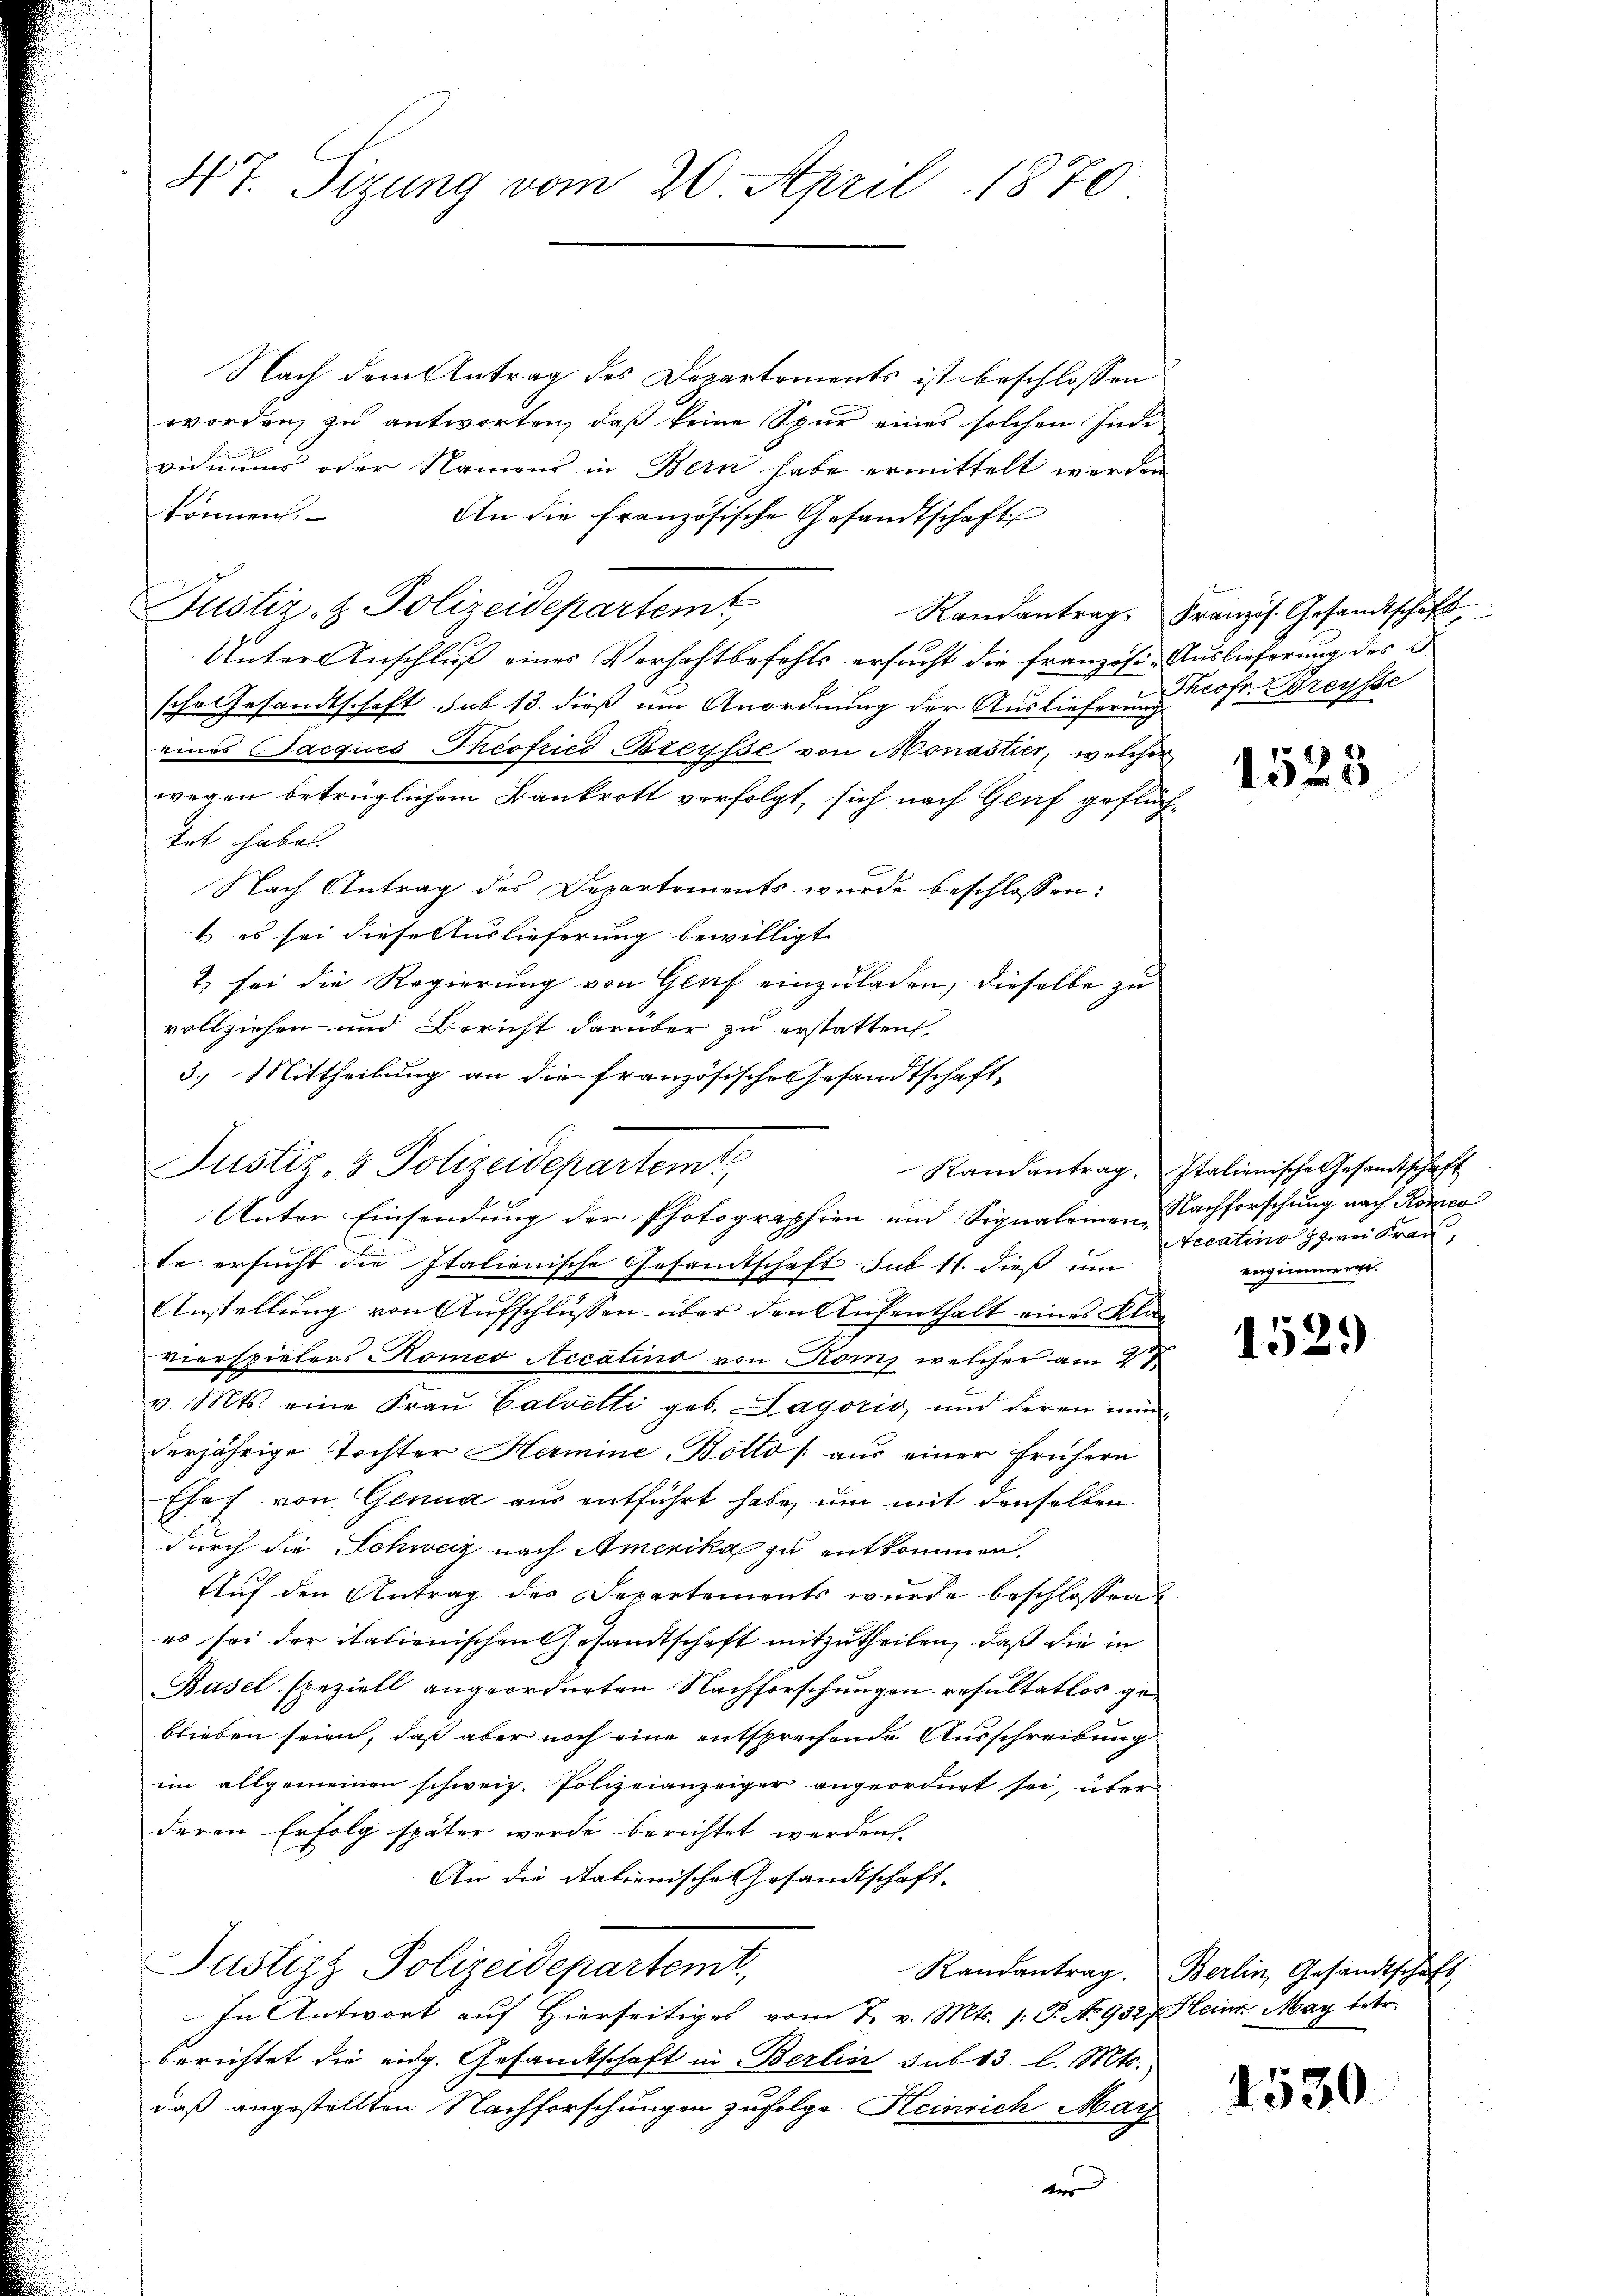
47. Sizung vom 20. April 1870

Nach dem Antrag des Departements ist beschlossen
worden, zu antworten, daß keine Spur eines solchen Indi
viduums oder Namens in Bern habe ermittelt werden
können.
An die Französische Gesandtschaft
Justiz & Polizeidepartemt,
Unter Anschluß eines Verhaftbefehls ersucht die französi- Auslieferung des B
sche Gesandtschaft sub 13. dieß um Anordnung der Auslieferung Prof. Breysse
eines Jacques Theofried-Breusse von Monastier, welcher
wegen betrüglichem Bankrott verfolgt, sich nach Genf geflüchtet habe.
Nach Antrag des Departements wurde beschlossen:
 es sei diese Auslieferung bewilligt
2) sei die Regierung von Genf einzuladen, dieselbe zu
vollziehen und Bericht darüber zu erstatten
3.) Mittheilung an die französische Gesandtschaft
Unter Einsendung der Photographien und Signaleinen Nachforschung nach Romeo
te ersucht die Italienische Gesandtschaft sub 11. dieß um
Anstellung von Aufschlüssen über den Aufenthalt eines Klavierspielers Komeo Accatino von Koms welcher am 21.
v. Mts. eine Fraŭ Calvetti geb. Lagoris und deren meinverjährige Tochter Hermine Botto /: aus einer frühern
Ehef von Genua aus entführt habe, um mit denselben
durch die Schweiz nach Amerika zu entkommen.
Aŭf den Antrag der Departements wurde beschlossen
es sei der italienischen Gesandtschaft mitzutheilen, daß die in
Basel speziell angeordneten Nachforschungen resultatlos geblieben seien, daß aber noch eine entsprechende Ausschreibung
im allgemeinen schweiz. Polizeianzeiger angeordnet sei, über
deren Erfolg später werde berichtet werden.
An die Stationische Gesandtschaft
Justizs Polizeidepartemt,
In Antwort auf Hierseitiges vom 7. v. Mts. 1. P. No 9327. Heinr. May betr.
berichtet die eidg. Gesandtschaft in Berlin sub 13. l. Mts.
daß angestellten Nachforschungen zufolge. Heinrich Mar
Meis

Justiz, 3 Polizeidepartemt

E
Randantrag. Französ. Gesandtschaft,

1525

Randantrag. Italienische Gesandtschaft
Necatinoz zwei Frau,
enzimmern.

1529

Randantrag. Berlin, Gesandtschaft,

1530